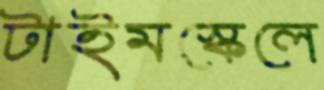
টাইমস্কেলে